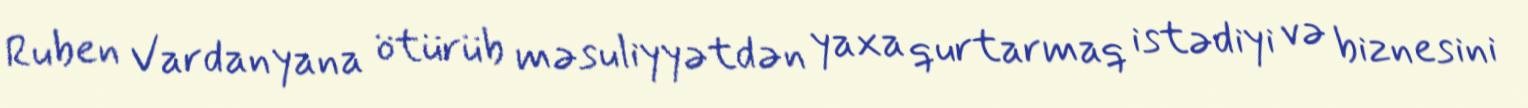
Ruben Vardanyana ötürüb məsuliyyətdən yaxa qurtarmaq istədiyi və biznesini